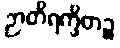
ဉာတိရက္ခိတဉ္စ